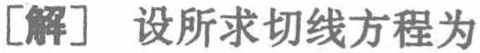
[解] 设所求切线方程为